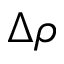
\Delta \rho